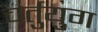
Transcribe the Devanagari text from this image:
चर्तुयुग